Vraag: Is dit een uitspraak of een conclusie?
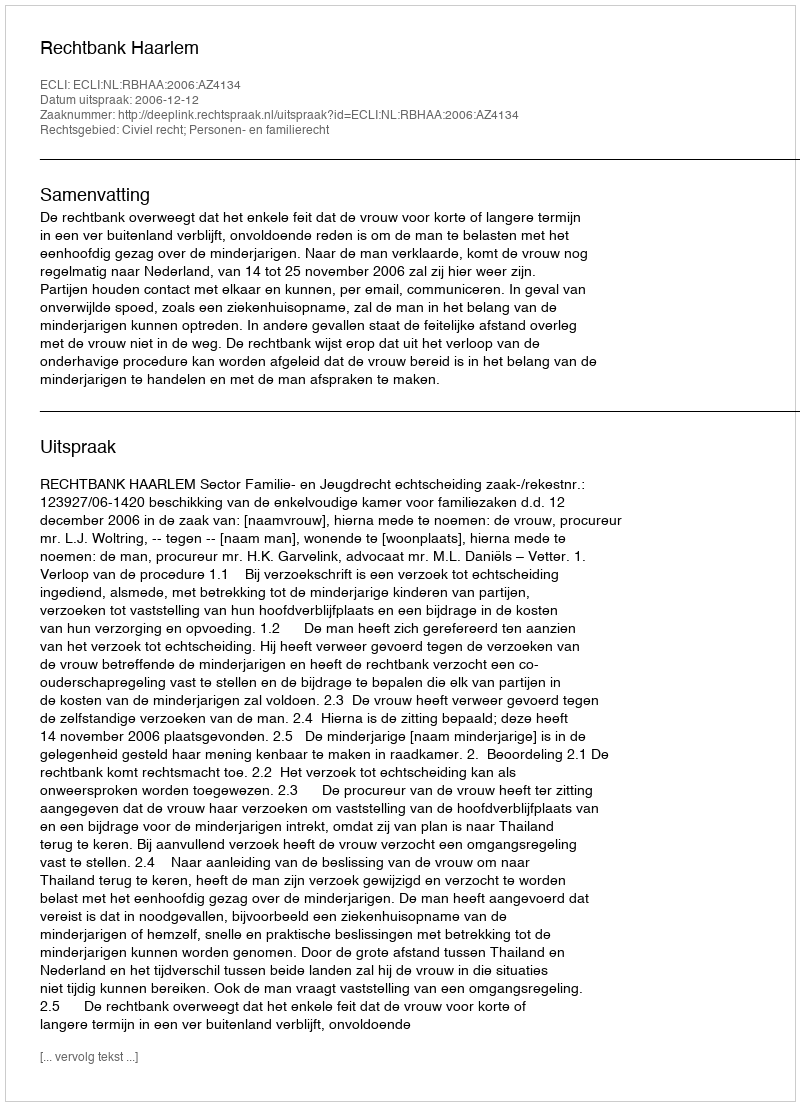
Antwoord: Uitspraak